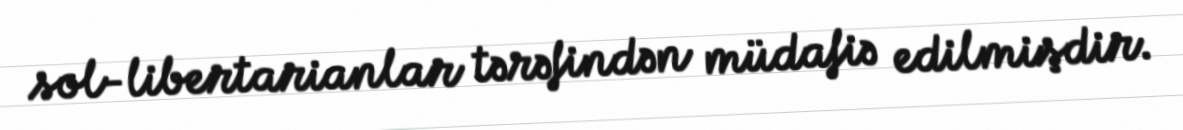
sol-libertarianlar tərəfindən müdafiə edilmişdir.